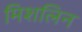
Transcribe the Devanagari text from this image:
मिशलिन